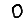
Digit: 0